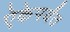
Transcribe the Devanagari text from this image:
ऐकेपर्यंत